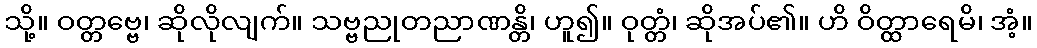
သို့။ ဝတ္တဗ္ဗေ၊ ဆိုလိုလျက်။ သဗ္ဗညုတညာဏန္တိ၊ ဟူ၍။ ဝုတ္တံ၊ ဆိုအပ်၏။ ဟိ ဝိတ္ထာရေမိ၊ အံ့။